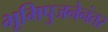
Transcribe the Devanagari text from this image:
भूमिपुजनेनंतर